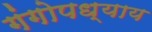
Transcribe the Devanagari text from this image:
गंगोपध्याय